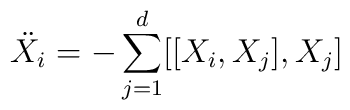
{\ddot X_i}=-\sum_{j=1}^{d}\bigl [[X_i,X_j],X_j\bigr ]